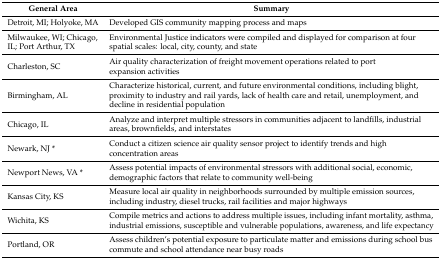
<table><thead><tr><td><b>General Area</b></td><td><b>Summary</b></td></tr></thead><tbody><tr><td>Detroit, MI; Holyoke, MA</td><td>Developed GIS community mapping process and maps</td></tr><tr><td>Milwaukee, WI; Chicago, IL; Port Arthur, TX</td><td>Environmental Justice indicators were compiled and displayed for comparison at four spatial scales: local, city, county, and state</td></tr><tr><td>Charleston, SC</td><td>Air quality characterization of freight movement operations related to port expansion activities</td></tr><tr><td>Birmingham, AL</td><td>Characterize historical, current, and future environmental conditions, including blight, proximity to industry and rail yards, lack of health care and retail, unemployment, and decline in residential population</td></tr><tr><td>Chicago, IL</td><td>Analyze and interpret multiple stressors in communities adjacent to landfills, industrial areas, brownfields, and interstates</td></tr><tr><td>Newark, NJ *</td><td>Conduct a citizen science air quality sensor project to identify trends and high concentration areas</td></tr><tr><td>Newport News, VA *</td><td>Assess potential impacts of environmental stressors with additional social, economic, demographic factors that relate to community well-being</td></tr><tr><td>Kansas City, KS</td><td>Measure local air quality in neighborhoods surrounded by multiple emission sources, including industry, diesel trucks, rail facilities and major highways</td></tr><tr><td>Wichita, KS</td><td>Compile metrics and actions to address multiple issues, including infant mortality, asthma, industrial emissions, susceptible and vulnerable populations, awareness, and life expectancy</td></tr><tr><td>Portland, OR</td><td>Assess children’s potential exposure to particulate matter and emissions during school bus commute and school attendance near busy roads</td></tr></tbody></table>